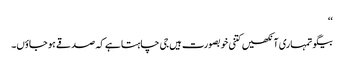
‘‘
بیگو تمہاری آنکھیں کتنی خوبصورت ہیں جی چاہتا ہے کہ صدقے ہو جاؤں۔